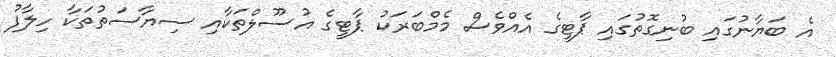
އެ ބަޔާނުގައި ބުނިގޮތުގައި ޕާޓީގެ އެއްވެސް މެމްބަރަކު ޕާޓީގެ އުސޫލްތަކާއި ސިޔާސަތުތަކާ ހިލާފު